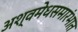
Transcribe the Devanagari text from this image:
अश्वमेधसमारंभात